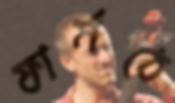
ফার্মঠে